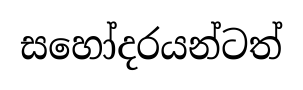
සහෝදරයන්ටත්